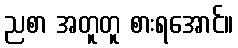
ညစာ အတူတူ စားရအောင်။